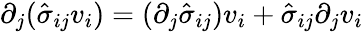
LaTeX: \partial_{j}(\hat{\sigma}_{ij}v_{i})=(\partial_{j}\hat{\sigma}_{ij})v_{i}+\hat{\sigma}_{ij}\partial_{j}v_{i}